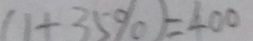
( 1 + 3 5 \% ) = 4 0 0